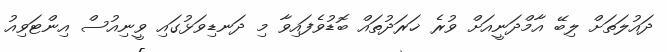
ދައުލަތަށް ލިބޭ އާމްދަނީއަށް ވުރެ ޚަރަދުތައް ބޮޑުވެފައިވާ މި ދަނޑިވަޅުގައި ވީނިއުސް އިންޓަވިއު